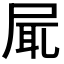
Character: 𡱷